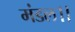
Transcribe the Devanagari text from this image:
मंडल।।